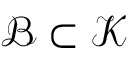
\mathcal { B } \subset \mathcal { K }